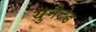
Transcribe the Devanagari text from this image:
युनैटेड